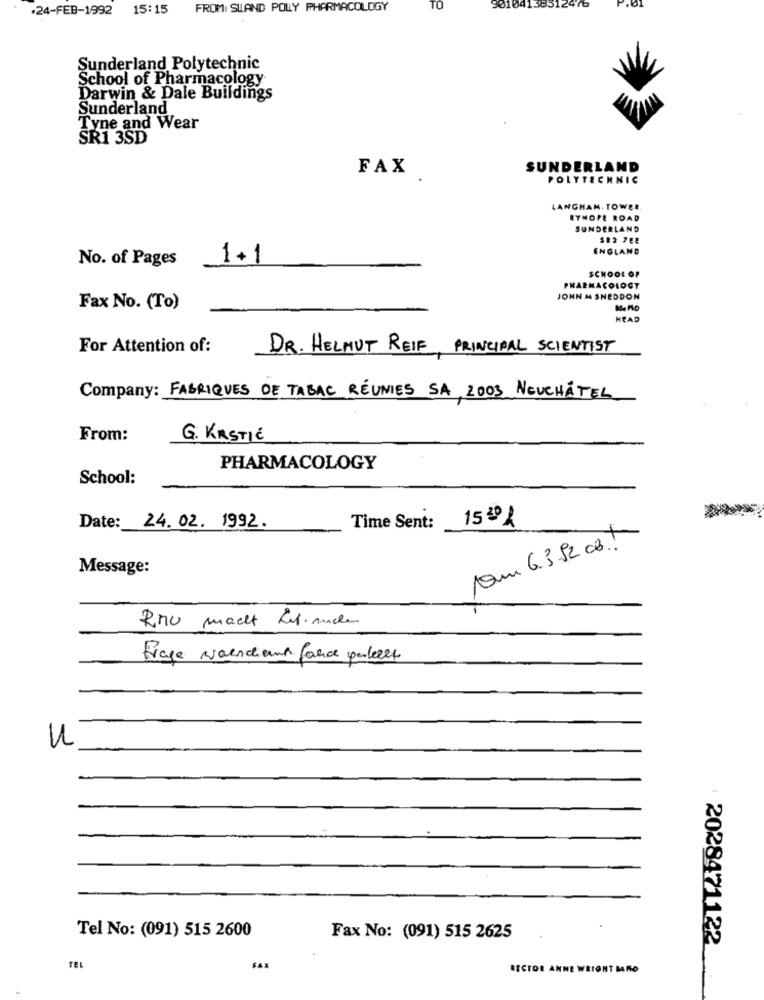
.24-FEB-1992
15:15
FROMI SLAND POLLY PHARMACOLOGY
TO
90104138512476
Sunderland Polytechnic
School of Pharmacology
Darwin & Dale Buildings
Sunderland
Tyne and Wear
SR1 3SD
FAX
SUNDERLAND
POLYTECHNIC
LANGHAM. TOWER.
RYHOPE ROAD
SUNDERLAND
ENGLAND
No. of Pages
1+1
SCHOOL OF
PHARMACOLOGT
JOHN M SNEDDON
Fax No. (To)
HEAD
For Attention of:
DR. HELMUT REIF, PRINCIPAL SCIENTIST
Company: FABRIQUES DE TABAC RÉUNIES SA, 2003 NEUCHÂTEL
From:
G. KRSTIC
PHARMACOLOGY
School:
15 4 %
Date: 24.02. 1992.
Time Sent:
1Qm 6.3.82 cB.
Message:
RMU macht Retinade
Frage Noendiemn fance perkelt
5
Tel No: (091) 515 2600
Fax No: (091) 515 2625
2028471122
TEL
FAX
SECTOR ANNE WEIONT MARD